Report on vaccination in Madras 1904-1921 - 1904-1921
Year: 1904
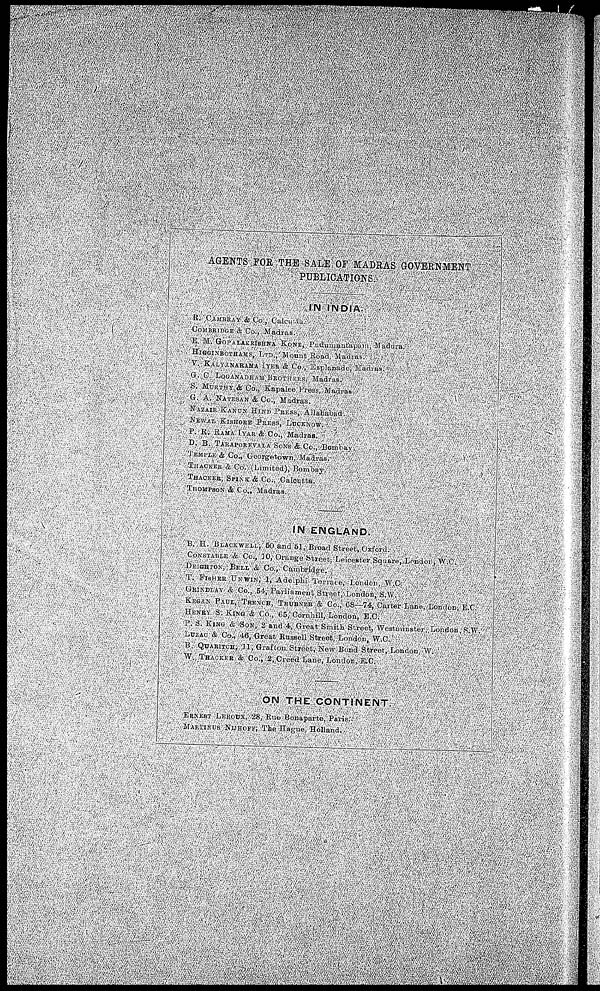
AGENTS FOR THE SALE OF MADRAS GOVERNMENT
PUBLICATIONS.
IN INDIA.
K. CAMBRAY & Co., Calcutta.
COMBRIDGE & Co., Madras.
E. M. GOPALAKRISHNA KONE, Pudumantapam, Madura.
HIGGINBOTHAMS, LTD. , Mount Road
Madras.
V. KALYANARAMA IYER & Co., Esplande, Madras.
G. C. LOGANADHAM BROTHERS,
Madras.
S. MURTHY & Co., Kapalee
Press, Madras.
G. A. NATESAN
& Co., Madras.
NAZAIR KANUN HIND PRESS,
Allahabad.
NEWAL KISHORE PRESS,
LUCKNOW.
P. R. RAMA IYAR & Co., Madras.
D. B. TARAPOREVALA SONS & Co., Bomaby.
TEMPLE & Co., Georgetown,
Madras.
THACKER
& Co. (Limited), Bombay.
THACKER,
SPINK & Co., Calcutta.
THOMPSON
& Co., Madras.
IN ENGLAND.
B. H.
BLACKWELL, 50 AND 51, Br oad Street, Oxford.
CONSTABLE &
Co., 10, Orange Street, Leicester Square, London,
W.C.
DEIGHTON, BELL &
Co., Cambridge.
T. FISHER UNWIN, 1, Adelphi Terrace, London,
W.C.
GRINDLAY &
Co., 54, Parliament, Street, London, S.W.
KEGAN PAUL, TRENCH. TRUBNER & Co., 68—74, Carter Lane, London, E.C.
HENRY S. KING & Co., 65, Cornhill, London, E.C.
P. S. KING & SON, 2 and 4, Great Smith Street, Westminster, London, S.W.
LUZAC & Co., 46, Great Russell Street, London, W.C.
B. QUARITCH, 11, Grafton Street, New Bond Street, London. W.
W. THACKER & Co., 2, Creed Lane, London. E.C.
ON THE CONTINENT.
ERNEST LEROUX,
28, Rue Bonaparte, Paris.
MARTINUS NIJHOFF, The Hague, Holland.